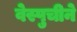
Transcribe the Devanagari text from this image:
वेस्पुचीने